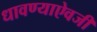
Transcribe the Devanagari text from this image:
धावण्याऐवजी